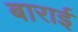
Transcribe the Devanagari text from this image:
बाराई